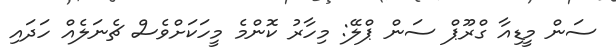
ސަން މީޑިއާ ގްރޫޕް ސަން ޕްލޭ: މިހާރު ކޮންމެ މީހަކަށްވެސް ޗެނަލެއް ހަދައި